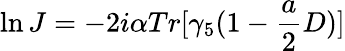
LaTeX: \ln J=-2i\alpha Tr[\gamma_{5}(1-\frac{a}{2}D)]